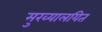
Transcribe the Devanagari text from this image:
मुख्यालयित